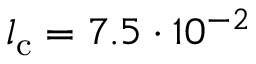
l _ { \mathrm { c } } = 7 . 5 \cdot 1 0 ^ { - 2 }